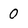
Character: 0